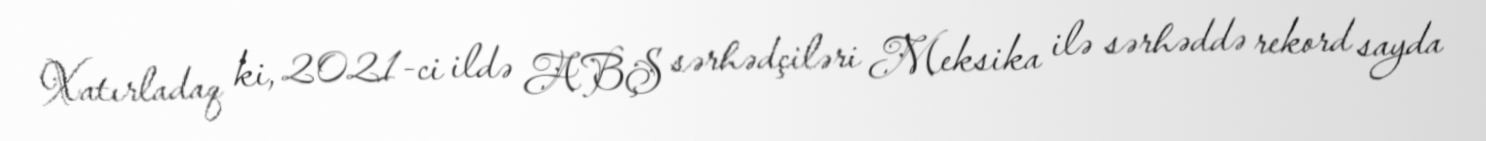
Xatırladaq ki, 2021-ci ildə ABŞ sərhədçiləri Meksika ilə sərhəddə rekord sayda